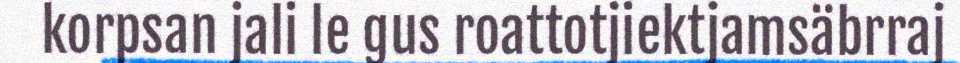
korpsan jali le gus roattotjiektjamsäbrraj